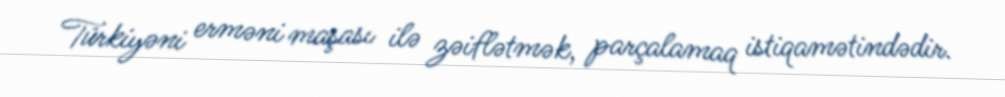
Türkiyəni erməni maşası ilə zəiflətmək, parçalamaq istiqamətindədir.